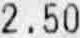
2.50